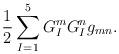
LaTeX: \begin{align*}\frac{1}{2}\sum_{I=1}^5 G_I^m G_I^n g_{mn} .\end{align*}